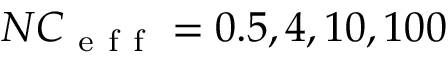
N C _ { \mathrm { ~ e ~ f ~ f ~ } } = 0 . 5 , 4 , 1 0 , 1 0 0